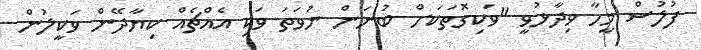
ފުލުުސް މީހާ ވިދާޅުވީ "ވަކިގޮތަކަށް ބުނަން ނުވަަތަ ވަކި އެއްޗެއް ކިޔާދޭން ވަކީލުން